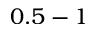
0 . 5 - 1